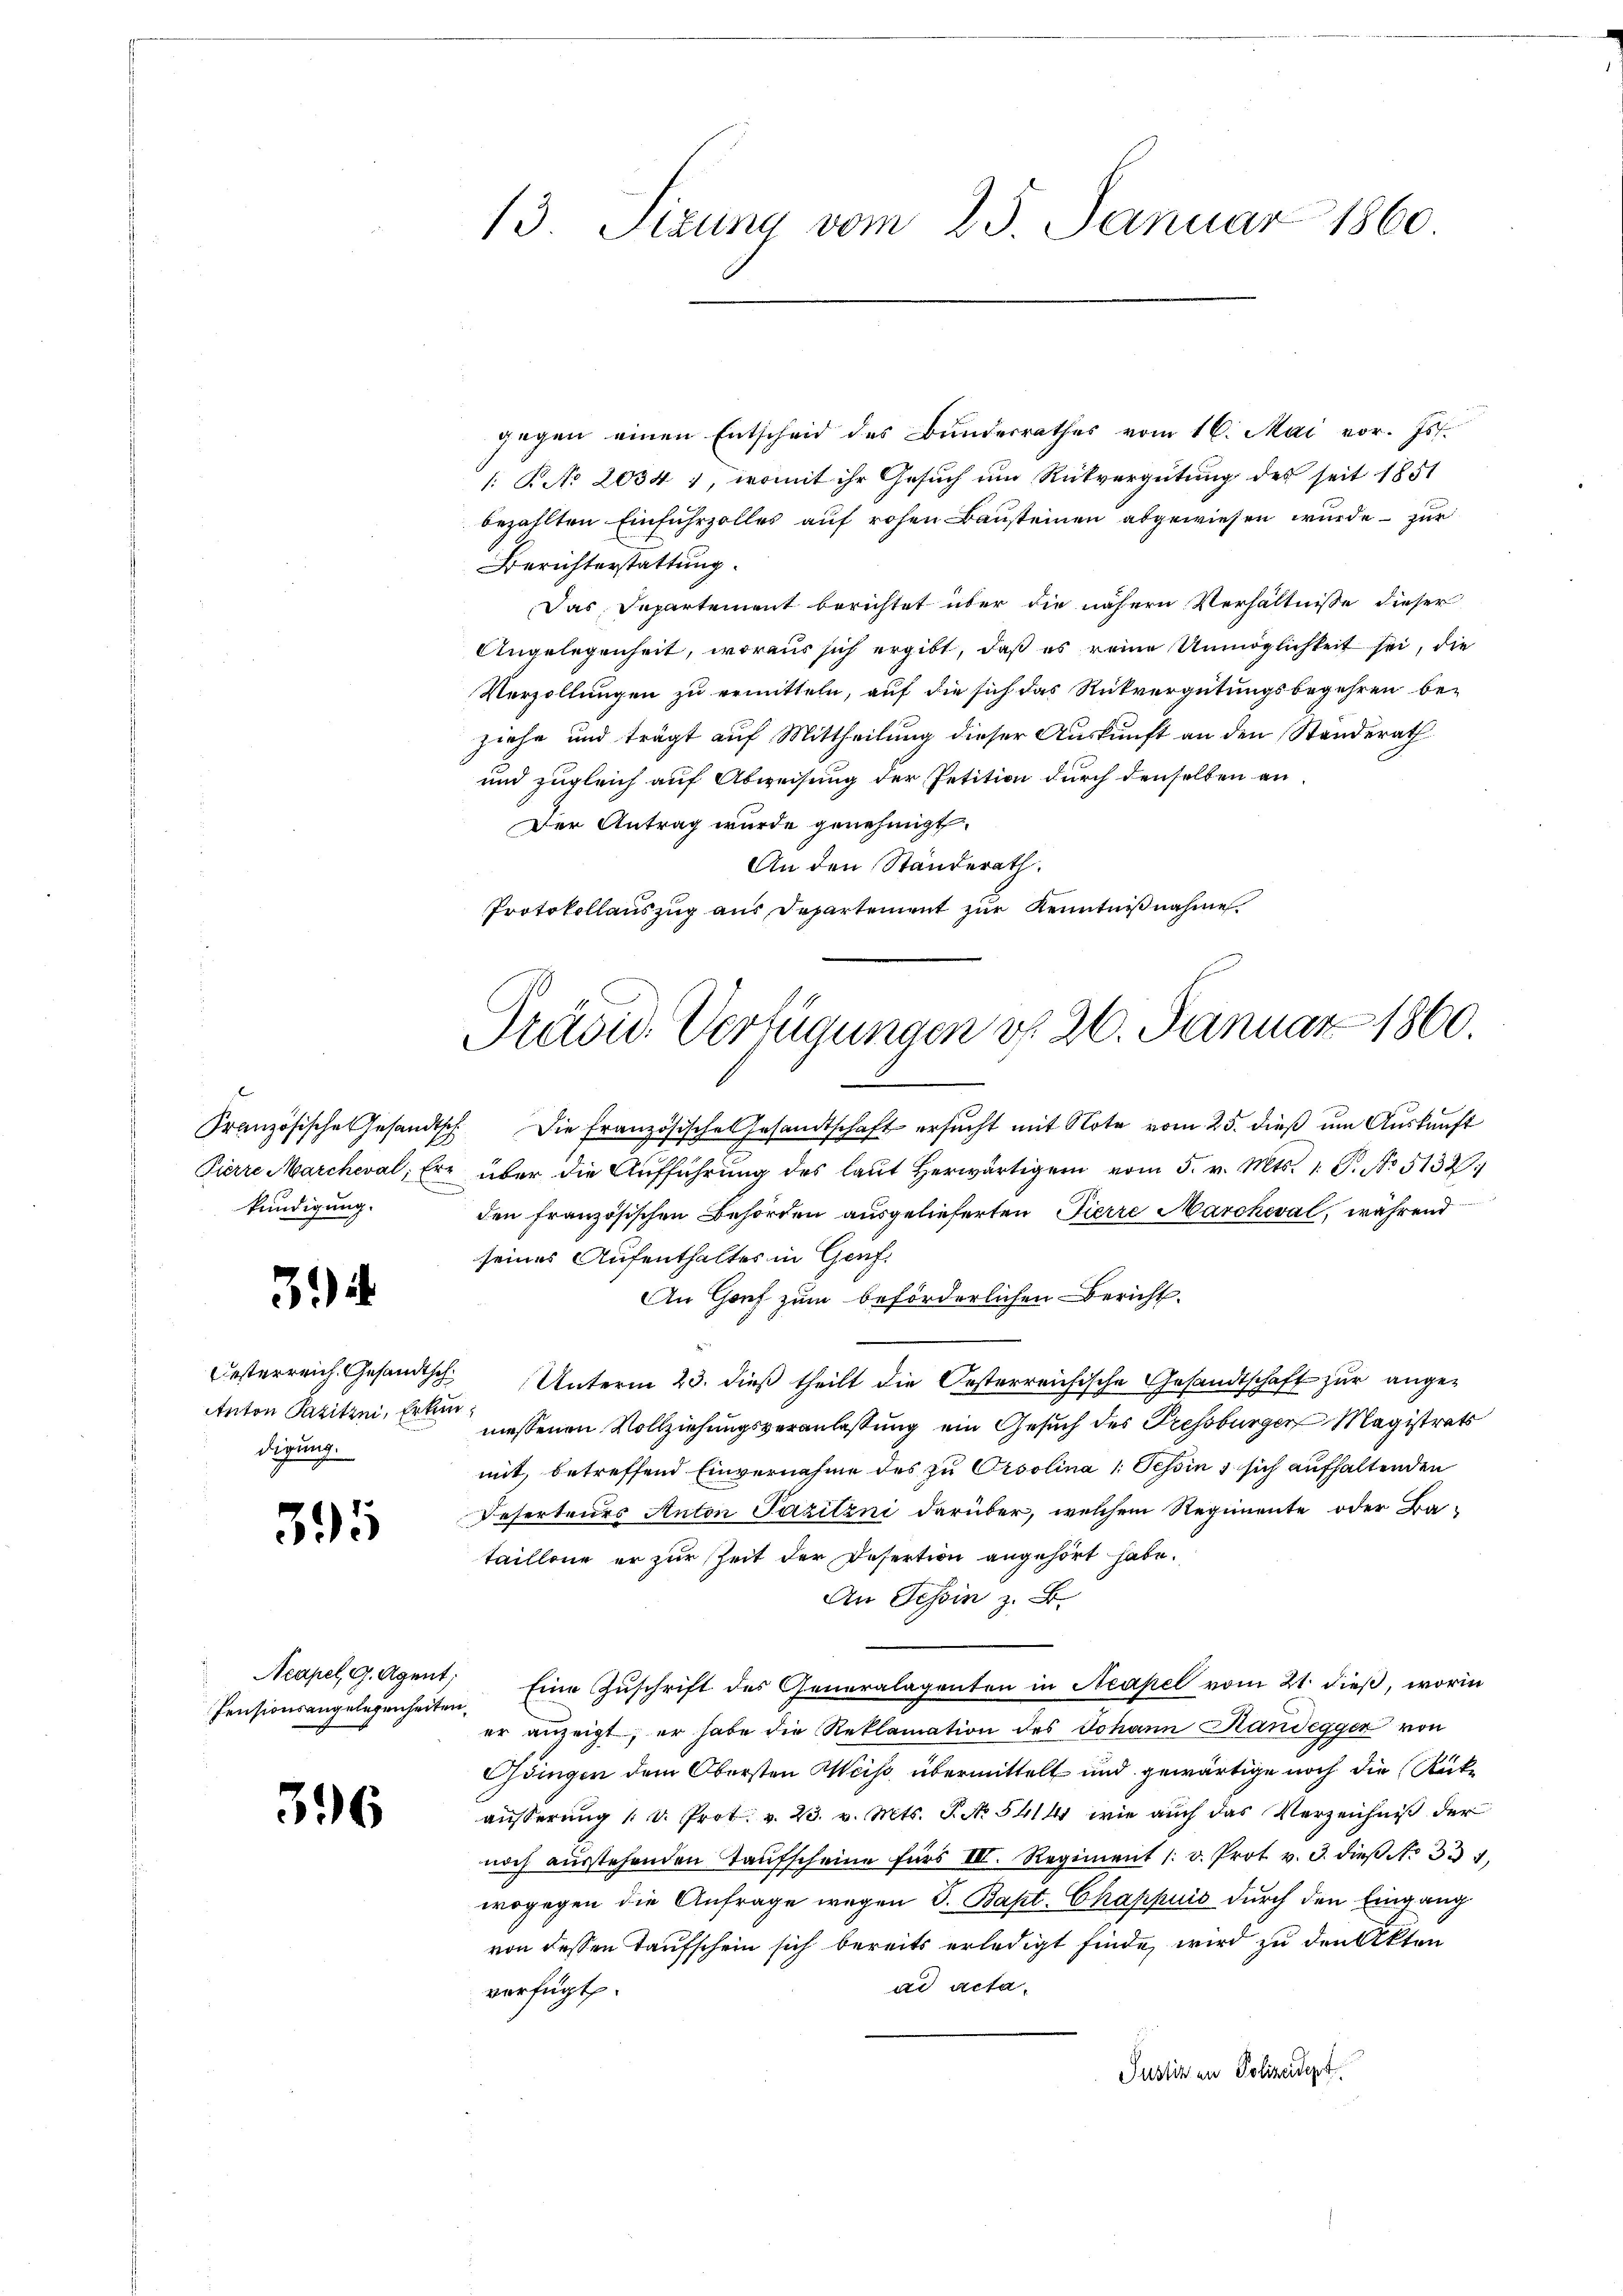
kündigung.

3

digung.

395

Acapel, 9. Agent,
Pensionsangelegenheiten

396

13. Sizung vom 25. Januar 1860.

gegen einen Entscheid des Bundesrathes vom 16. Mai vor. Js.
R No 2034, womit ihr Gesuch um Rückvergütung des seit 1851
bezahlten Einfuhrzolles auf rohen Bausteinen abgewiesen wurde - zur
Berichterstattung.
Das Departement berichtet über die nähern Verhältnisse dieser
Angelegenheit, woraus sich ergibt, daß es reine Unmöglichkeit sei, die
Verzöllungen zu ermitteln, auf die sich das Rückvergütungsbegehren be-
ziehe und trägt auf Mittheilung dieser Auskunft an den Stunderath
und zugleich auf Abweisung der Petition durch denselben an¬
Der Antrag wurde genehmigt.
An den Ständerath.
Protokollauszug aus Departement zur Kenntnißnahme

Präsid. Verfügungen do 26. Januar 1860.

Französische Gesandtsch. Die französische Gesandtschaft ersŭcht mit Note vom 25. dieβ ŭm Aŭskŭnft
Pierre Marcheval, Er über die Aŭfführŭng des laŭt herwärtiger vom 5. v. Mts. 1 S. No 5132.
den französischen Behörden ausgelieferten Fierre Marcheval, während
seines Aufenthaltes in Genf.
An Gorf zum beförderlichen Bericht.
Oesterreich Gesandtsch. Unterm 23. dieß theilt die Oesterreichische Gesandtschaft zur ange¬
Anton Pazitzi, so messenen Vollziehungsveranlassung ein Gesuch des Pressburger Magistrats
mit, betreffend Einvernahme des zu Orsolina 1 Tessin, sich aufhaltenden
Reserteurs Anton Pazilzni darüber, welchem Regimente oder Bataillone er zur Zeit der Desertion angehört habe.
An Tessin z. B.
Eine Zuschrift des Generalagenten in Neapel vom 21. dieß, worin
er anzeigt, er habe die Reklamation des Johann Randeggen von
Gdingen dem Obersten Weis übermittelt und gewärtige noch die Rückäusserung 1 u. Prot. v. 23. v. Mts. P. No 541 wie auch das Verzeichniß der
noch aŭsstehenden Taufscheine fürs III. Regiment /: v. Prot v. 3. dieβ No 331,
wogegen die Anfrage wegen S. Bapt. Chappuis durch den Eingang
von dessen Taufschein sich bereits erledigt finde, wird zu den Akten
ad acta.
verfügt.
Justiz in Polizeidept